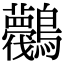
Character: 𪈛